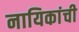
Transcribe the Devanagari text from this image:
नायिकांची